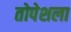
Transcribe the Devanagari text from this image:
तोपेशला